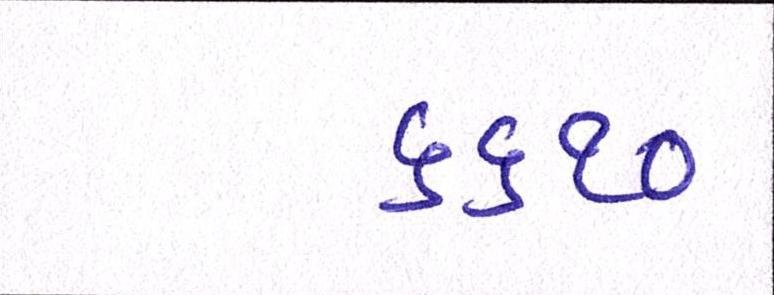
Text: ૬૬૧૦